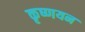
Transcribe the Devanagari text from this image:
कृष्णयन